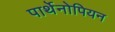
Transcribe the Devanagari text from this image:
पार्थेनोपियन